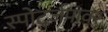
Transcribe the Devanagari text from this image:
स्पोर्ट्ज़पावर